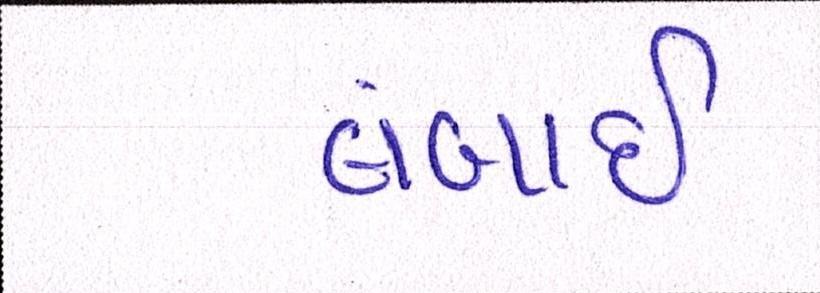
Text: લંબાઈ